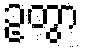
ဥတွာ